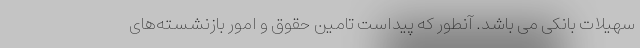
سهیلات بانکی می باشد. آنطور که پیداست تامین حقوق و امور بازنشسته‌های